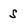
Character: s